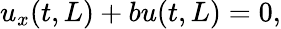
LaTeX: u_{x}(t,L)+bu(t,L)=0,